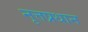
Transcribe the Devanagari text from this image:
नृत्तप्रधान